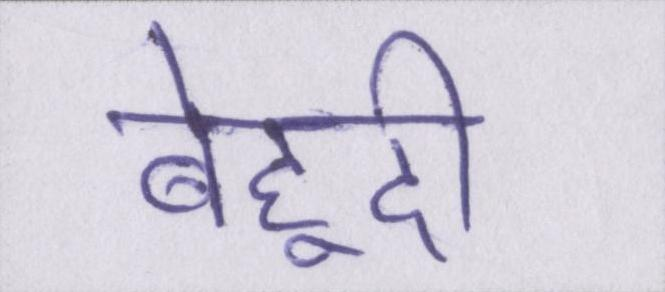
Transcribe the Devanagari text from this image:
बेहूदी